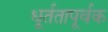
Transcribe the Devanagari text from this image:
धूर्ततापूर्वक